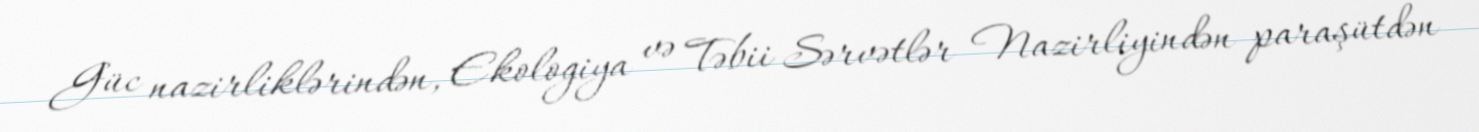
Güc nazirliklərindən, Ekologiya və Təbii Sərvətlər Nazirliyindən paraşütdən